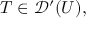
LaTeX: T \in { \mathcal { D } } ^ { \prime } ( U ) ,